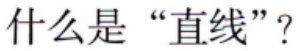
什么是“直线”？